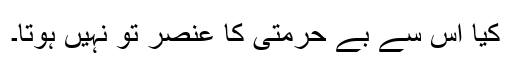
کیا اس سے بے حرمتی کا عنصر تو نہیں ہوتا۔